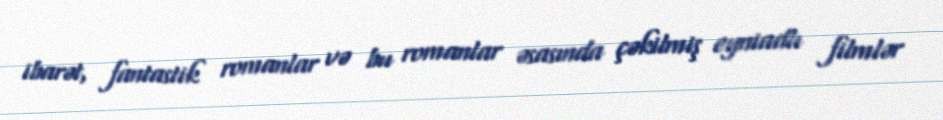
ibarət, fantastik romanlar və bu romanlar əsasında çəkilmiş eyniadlı filmlər